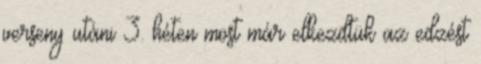
verseny utáni 3. héten most már elkezdtük az edzést